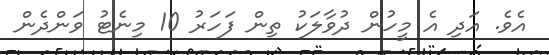
އެވެ. އަދި އެ މީހުން ދުވާލަކު ތިން ފަހަރު 10 މިނެޓު ވަންދެން